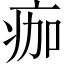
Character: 痂